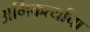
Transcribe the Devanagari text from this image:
अभिकर्त्याचा